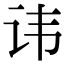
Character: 讳